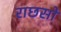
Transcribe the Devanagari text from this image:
राछसों